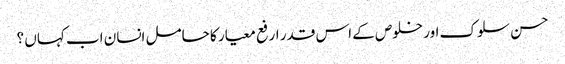
حسن سلوک اور خلوص کے اس قدر ارفع معیار کا حامل انسان اب کہاں ؟